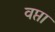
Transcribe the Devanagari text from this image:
वप्ता